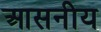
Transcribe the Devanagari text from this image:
आसनीय